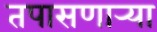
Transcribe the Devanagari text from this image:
तपासणार्‍या